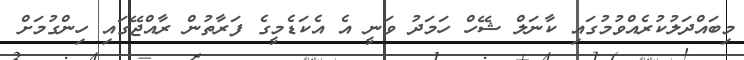
މިބައްދަލުކުރެއްވުމުގައި ކާނަލް ޝޭހް ހަމަދު ވަނީ އެ އެކަޑެމީގެ ފަރާތުން ރާއްޖޭގައި ހިންގުމަށް